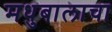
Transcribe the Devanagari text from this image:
मधुबालाचा